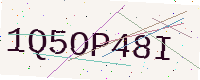
Text: 1Q5OP48I